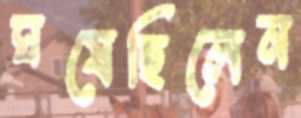
ঘষেছিলেন